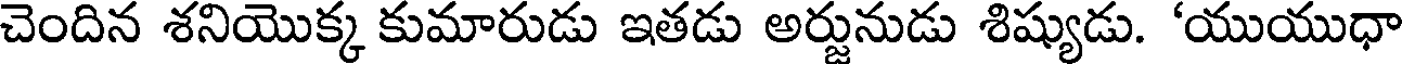
చెందిన శనియొక్క కుమారుడు ఇతడు అర్జునుడు శిష్యుడు. 'యుయుధా